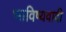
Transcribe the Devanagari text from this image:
भाविष्यवादी